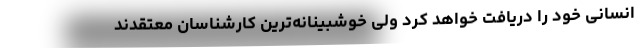
انسانی خود را دریافت خواهد کرد ولی خوشبینانه‌ترین کارشناسان معتقدند